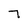
Character: 7